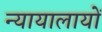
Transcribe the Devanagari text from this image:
न्यायालायों